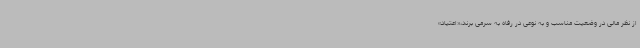
از نظر مالی در وضعیت مناسب و به نوعی در رفاه به سرمی برند،«اعتیاد»